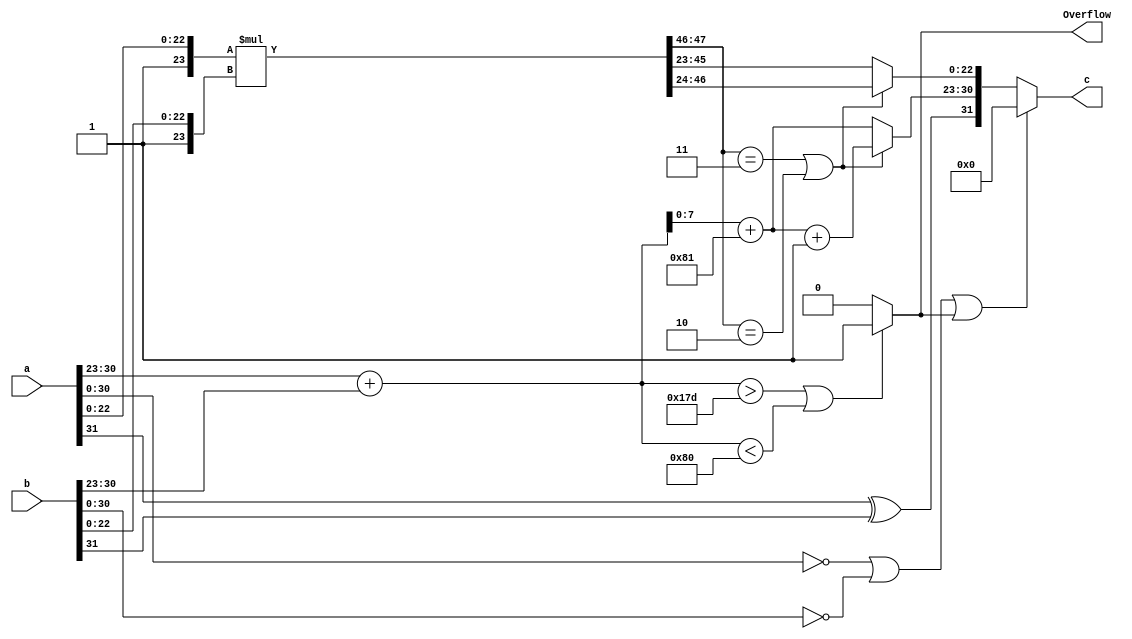
module FP32Multiplier(
    input   wire signed [31:0] a,b,
    output  wire Overflow,
    output  wire  signed  [31:0] c
);

    wire [31:0] ZEROS = 32'b00000000000000000000000000000000;
    wire [8:0] posOverflow = 9'b101111101;   //381
    wire [8:0] negOverflow = 9'b010000000;   //128


    wire [7:0] a_exp;
    wire [7:0] b_exp;
    wire [8:0] addition_exp;
    wire [8:0] bias  = 9'b110000001;  // 2's complement of 127
    wire [9:0] biased_addition_exp;
    wire [7:0] result_exp;
    wire [7:0] final_exp;
    wire [23:0] a_mantissa;  // 23-bit for mantessa and implicit 1-bit leading one
    wire [23:0] b_mantissa;
    wire [47:0] result_mantissa; 
    wire [22:0] final_mantissa;
    wire sign;
    wire of;

    assign sign = a[31] ^ b[31];
    assign a_exp  = a[30:23];
    assign b_exp  = b[30:23];
    assign a_mantissa = { 1'b1, a[22:0] };
    assign b_mantissa = { 1'b1, b[22:0] };

    assign addition_exp = a_exp + b_exp;
    assign biased_addition_exp = addition_exp + bias;
    assign result_exp = biased_addition_exp[7:0]; // discard the carry from previous addition & discard the second MSB as it should be 0
                                                  // (otherwise overflow happens)
    assign result_mantissa = a_mantissa * b_mantissa;
    assign final_exp = result_mantissa[47:46] == 2'b11 || result_mantissa[47:46] == 2'b10 ? result_exp + 1'b1 : result_exp;
    assign final_mantissa = result_mantissa[47:46] == 2'b11 || result_mantissa[47:46] == 2'b10 ? result_mantissa[46:24] : result_mantissa[45:23];

    assign of = addition_exp > posOverflow || addition_exp < negOverflow ? 1'b1 : 1'b0; 
    assign Overflow = of;

    //addition of exponent must be between [1 + 127, 254 + 127]  as the bias is -127
    assign c = a[30:0] == ZEROS[30:0] || b[30:0] == ZEROS[30:0] || of ? ZEROS : { sign, final_exp, final_mantissa };

endmodule